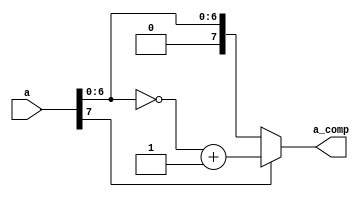
module comp_conv(a,a_comp  );

input [7:0]  a;

output[7:0]  a_comp;

//wire[6:0]   b ;//按位取反的幅度位

wire[7:0]   y ;//复数的补码

//assign b=~a[6:0];

//assign y[6:0]=b+1;

//assign y[7]=a[7]; //符号位

assign a_comp =a[7]?{a[7],~a[6:0]+1}:a;

endmodule